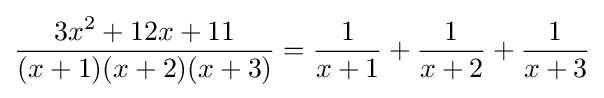
{\frac {3x^{2}+12x+11}{(x+1)(x+2)(x+3)}}={\frac {1}{x+1}}+{\frac {1}{x+2}}+{\frac {1}{x+3}}